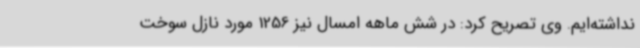
نداشته‌ایم. وی تصریح کرد: در شش ماهه امسال نیز 1256 مورد نازل سوخت